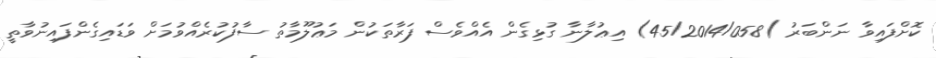
ކޮށްފައިވާ ނަންބަރު )45/2014/058) އިޢުލާނާ ގުޅިގެން އެއްވެސް ފަރާތަކުން މަޢުލޫމާތު ސާފުކުރެއްވުމަށް ވަޑައިގެންފައިނުވާތީ